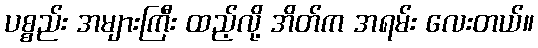
ပစ္စည်း အများကြီး ထည့်လို့ အိတ်က အရမ်း လေးတယ်။